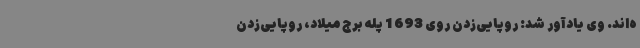
ه‌اند. وی یادآور شد: روپایی‌زدن روی 1693 پله برج میلاد، روپایی‌زدن